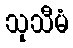
သုသီမံ